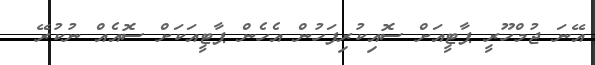
އޭނަ ޖުމްހޫރީ ޕާޓީއަށް ސޮއިކުރިފަހުން އެހެން ޕާޓީއަކަށް ސޮއެއް ނުކުރޭ